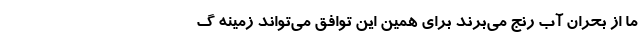
ما از بحران آب رنج می­‌برند برای همین این توافق می‌­تواند زمینه گ